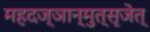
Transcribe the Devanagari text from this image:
महदज्ञान्मुत्सृजेत्